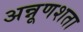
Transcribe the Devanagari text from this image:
अन्नूणशता